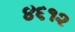
૪૬૧૨